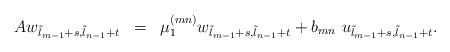
LaTeX: \begin{align*}\begin{array}{ccl}Aw_{\tilde{l}_{m-1}+s,\tilde{l}_{n-1}+t} & = & \mu_1^{(mn)}w_{\tilde{l}_{m-1}+s,\tilde{l}_{n-1}+t}+ b_{mn}\ u_{\tilde{l}_{m-1}+s,\tilde{l}_{n-1}+t}.\end{array}\end{align*}